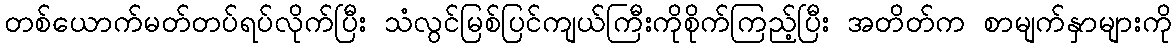
တစ်ယောက်မတ်တပ်ရပ်လိုက်ပြီး သံလွင်မြစ်ပြင်ကျယ်ကြီးကိုစိုက်ကြည့်ပြီး အတိတ်က စာမျက်နှာများကို